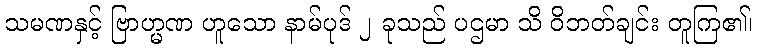
သမဏနှင့် ဗြာဟ္မဏ ဟူသော နာမ်ပုဒ် ၂ ခုသည် ပဌမာ သိ ဝိဘတ်ချင်း တူကြ၏၊